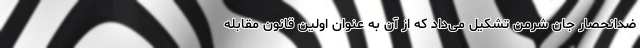
ضدانحصار جان شرمن تشکیل می‌داد که از آن به عنوان اولین قانون مقابله